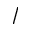
/